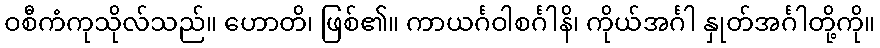
ဝစီကံကုသိုလ်သည်။ ဟောတိ၊ ဖြစ်၏။ ကာယင်္ဂဝါစင်္ဂါနိ၊ ကိုယ်အင်္ဂါ နှုတ်အင်္ဂါတို့ကို။